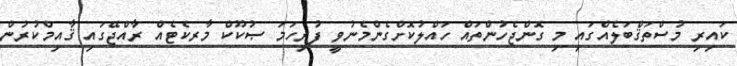
ކައިރި މުސްތަޤްބަލެއްގައި މި ގޮންޖެހުންތައް ހައްލުކޮށްގެންމެނުވީ ފުރިހަމަ ޞުކޫކް މާރކެޓެއް ރާއްޖޭގައި ޤާއިމްކުރުން